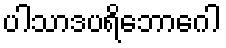
ပါသာဒပရိဘောဂေါ